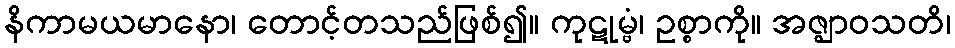
နိကာမယမာနော၊ တောင့်တသည်ဖြစ်၍။ ကုဋုမ္ဗံ၊ ဥစ္စာကို။ အဇ္ဈာဝသတိ၊